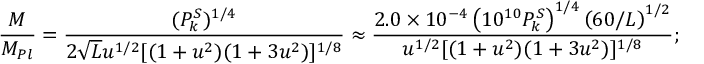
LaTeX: { \frac { M } { M _ { P l } } } = { \frac { ( P _ { k } ^ { S } ) ^ { 1 / 4 } } { 2 \sqrt { L } u ^ { 1 / 2 } [ ( 1 + u ^ { 2 } ) ( 1 + 3 u ^ { 2 } ) ] ^ { 1 / 8 } } } \approx { \frac { 2 . 0 \times 1 0 ^ { - 4 } \left( 1 0 ^ { 1 0 } P _ { k } ^ { S } \right) ^ { 1 / 4 } \left( { 6 0 / L } \right) ^ { 1 / 2 } } { u ^ { 1 / 2 } [ ( 1 + u ^ { 2 } ) ( 1 + 3 u ^ { 2 } ) ] ^ { 1 / 8 } } } ;